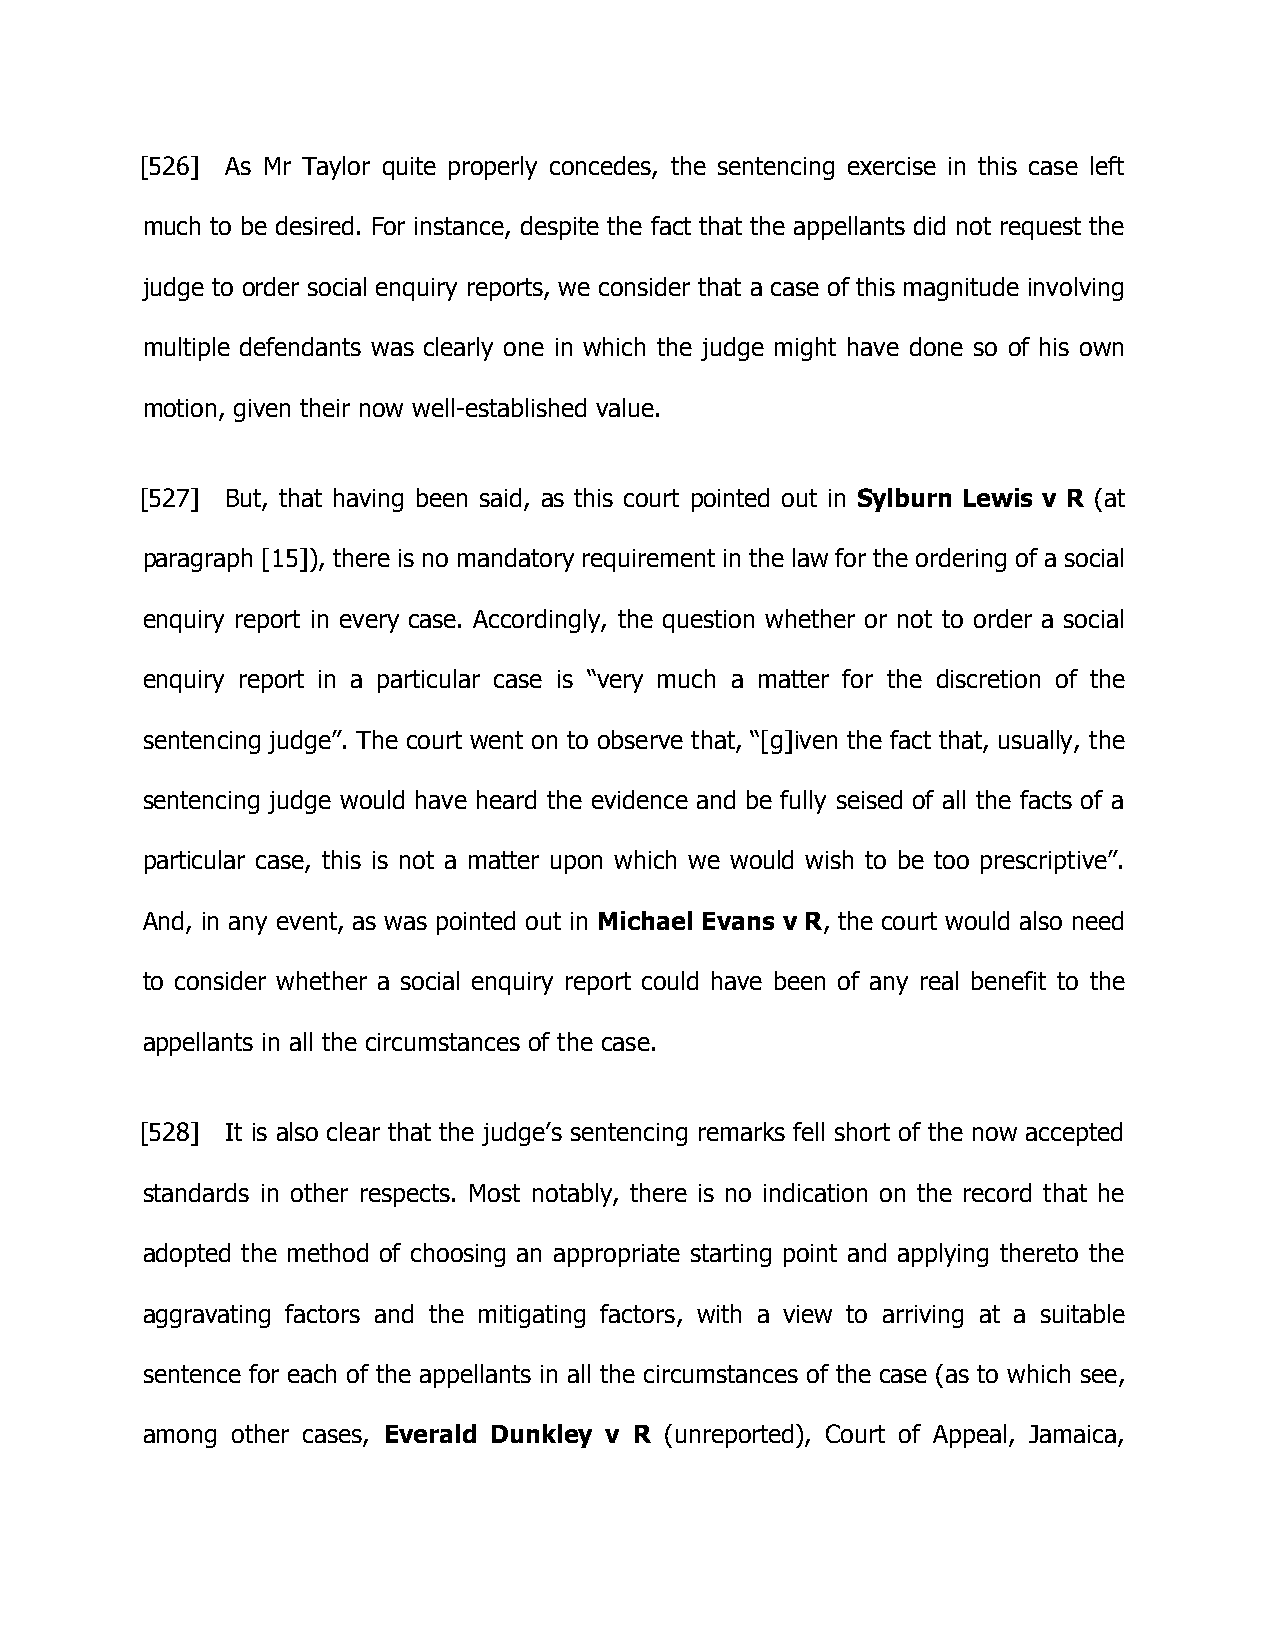
[526] As Mr Taylor quite properly concedes, the sentencing exercise in this case left
 much to be desired. For instance, despite the fact that the appellants did not request the
 judge to order social enquiry reports, we consider that a case of this magnitude involving
 multiple defendants was clearly one in which the judge might have done so of his own
 motion, given their now well-established value.
 [527] But, that having been said, as this court pointed out in Sylburn Lewis v R (at
 paragraph [15]), there is no mandatory requirement in the law for the ordering of a social
 enquiry report in every case. Accordingly, the question whether or not to order a social
 enquiry report in a particular case is “very much a matter for the discretion of the
 sentencing judge”. The court went on to observe that, “[g]iven the fact that, usually, the
 sentencing judge would have heard the evidence and be fully seised of all the facts of a
 particular case, this is not a matter upon which we would wish to be too prescriptive”.
 And, in any event, as was pointed out in Michael Evans v R, the court would also need
 to consider whether a social enquiry report could have been of any real benefit to the
 appellants in all the circumstances of the case.
 [528] It is also clear that the judge’s sentencing remarks fell short of the now accepted
 standards in other respects. Most notably, there is no indication on the record that he
 adopted the method of choosing an appropriate starting point and applying thereto the
 aggravating factors and the mitigating factors, with a view to arriving at a suitable
 sentence for each of the appellants in all the circumstances of the case (as to which see,
 among other cases, Everald Dunkley v R (unreported), Court of Appeal, Jamaica,